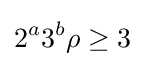
2^{a}3^{b}\rho \geq 3